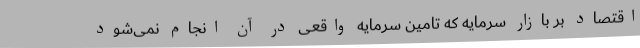
اقتصاد بر بازار سرمایه که تامین سرمایه واقعی در آن انجام نمی‌شود